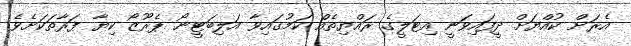
އެރަށް ކުއްޔަށް ދީފައިވަނީ އިޓަލީގެ ރައްޔިތެއް ކަމުގައިވާ އަލިބަޓީނޯ ޕެރޫޒޯ ކިޔާ ފަރާތަކަށެވެ.